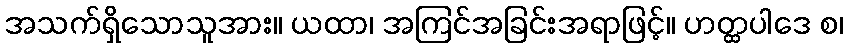
အသက်ရှိသောသူအား။ ယထာ၊ အကြင်အခြင်းအရာဖြင့်။ ဟတ္ထပါဒေ စ၊